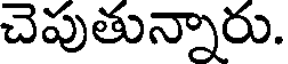
చెపుతున్నారు.